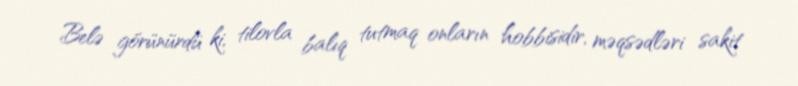
Belə görünürdü ki, tilovla balıq tutmaq onların hobbisidir, məqsədləri sakit